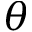
\theta